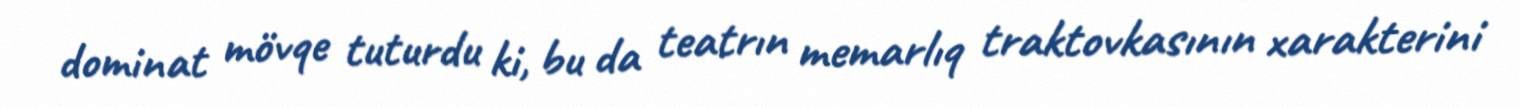
dominat mövqe tuturdu ki, bu da teatrın memarlıq traktovkasının xarakterini